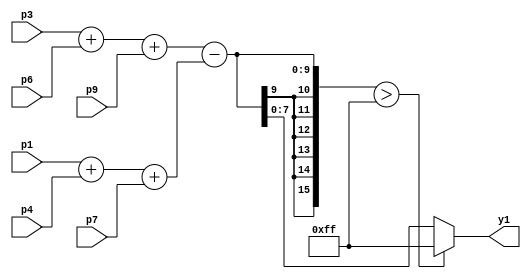
// vertical prewitt kernel

module AMSG_prewitt_v(
input [7:0] p1, p3, p4, p6, p7, p9,
  output reg [7:0] y1
    );
    wire [15:0] ys1;
    wire [8:0] add1, add2, add3, add4;
    assign add1 = p1 + p4;
    assign add2 = p3 + p6;
    assign add3 = add1 + p7;
    assign add4 = add2 + p9;
    assign ys1 = add4 - add3;
    always@(ys1)
    begin
    if(ys1 > 255)
      y1 <= 255;
    else
      y1 <= ys1;
    end
endmodule